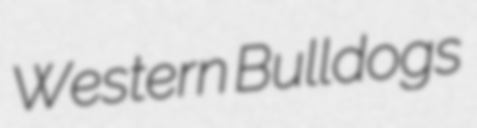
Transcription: Western Bulldogs